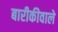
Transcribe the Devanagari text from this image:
बारीकीवाले